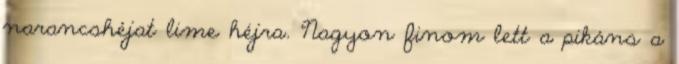
narancshéjat lime héjra. Nagyon finom lett a pikáns a